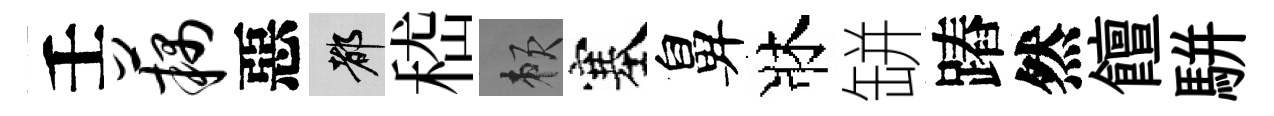
壬藕惡都嵇賴塞鼻牀缾蹖然饘駢